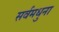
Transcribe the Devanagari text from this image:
सर्वमधुना